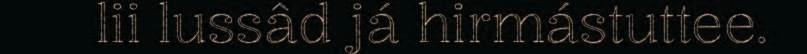
lii lussâd já hirmástuttee.